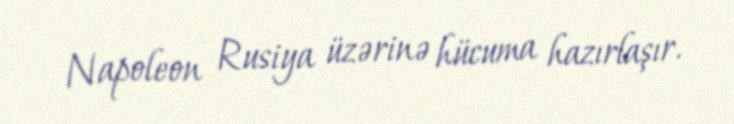
Napoleon Rusiya üzərinə hücuma hazırlaşır.